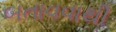
બતાવવાથી